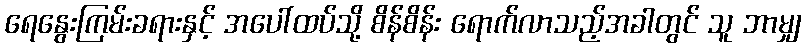
ရေနွေးကြမ်းခရားနှင့် အပေါ်ထပ်သို့ စိန်စိန်း ရောက်လာသည့်အခါတွင် သူ ဘာမျှ